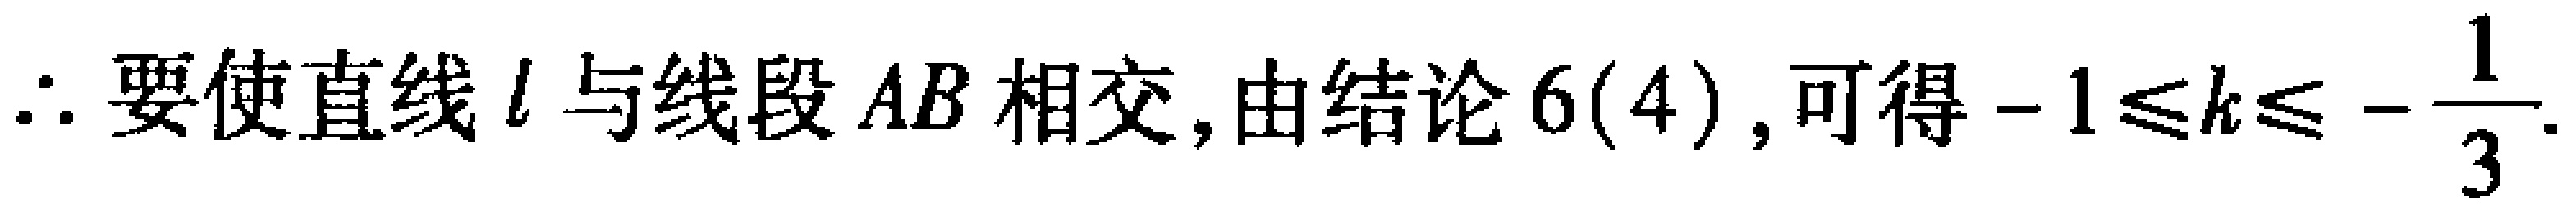
$\therefore$ 要使直线$l$与线段$AB$相交,由结论$6(4)$,可得$-1\leqslant k\leqslant -\dfrac{1}{3}$.